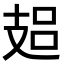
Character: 𢻋